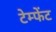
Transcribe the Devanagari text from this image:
टेम्फेंट